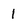
Character: 1